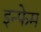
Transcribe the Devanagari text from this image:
इन्फेम